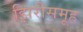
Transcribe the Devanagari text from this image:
झिरीसमूह